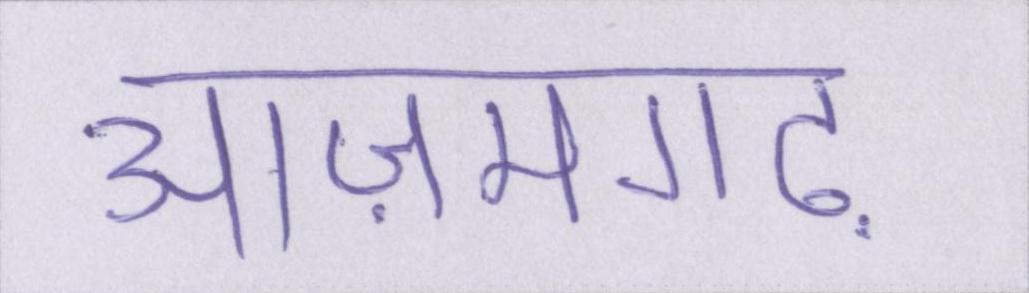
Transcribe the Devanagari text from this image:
आज़मगढ़